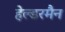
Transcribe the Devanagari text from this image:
हेल्डरमैन